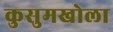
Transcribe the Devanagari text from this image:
कुसुमखोला